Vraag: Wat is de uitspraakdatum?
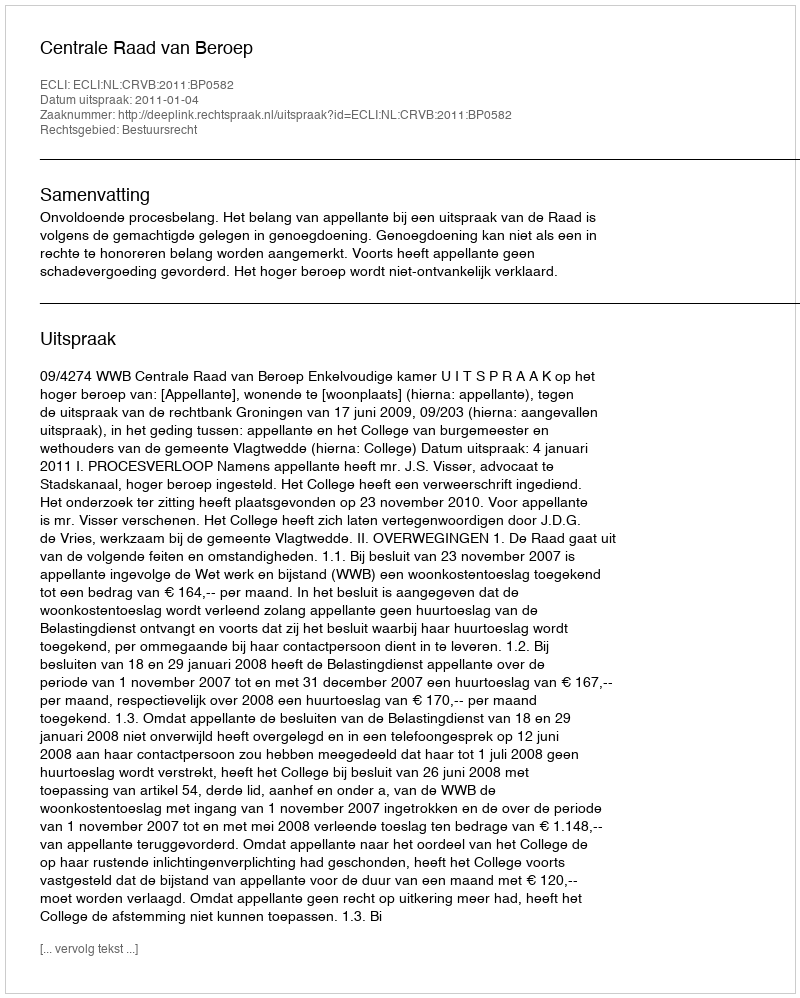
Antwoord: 2011-01-04